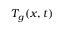
T _ { g } ( x , t )